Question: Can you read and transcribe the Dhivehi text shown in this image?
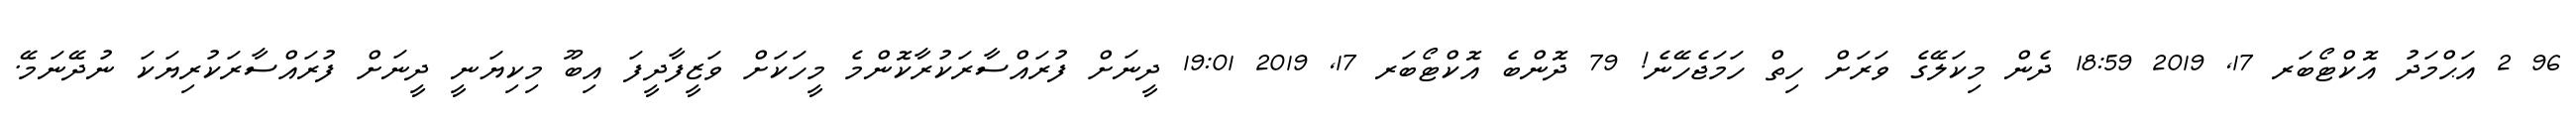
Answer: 96 2 އަޙްމަދު އޮކްޓޯބަރ 17, 2019 18:59 ދެން މިކަލޭގެ ވަރަށް ހިތް ހަމަޖެހޭނެ! 79 ދޮންބެ އޮކްޓޯބަރ 17, 2019 19:01 ދީނަށް ފުރައްސާރަކުރާކޮންމެ މީހަކަށް ވަޒީފާދީފަ އިބޫ މިކިޔަނީ ދީނަށް ފުރައްސާރަކުރިޔަކަ ނުދޭނަމޭ.